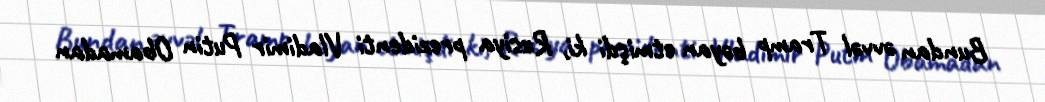
Bundan əvvəl Tramp bəyan etmişdi ki, Rusiya prezidenti Vladimir Putin Obamadan